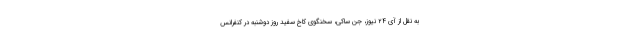
به نقل از آی ۲۴ نیوز، جن ساکی، سخنگوی کاخ سفید روز دوشنبه در کنفرانس